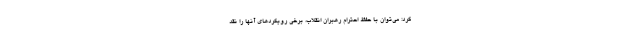
کرد: می‌توان با حفظ احترام رهبران انقلاب، برخی رویکردهای آنها را نقد